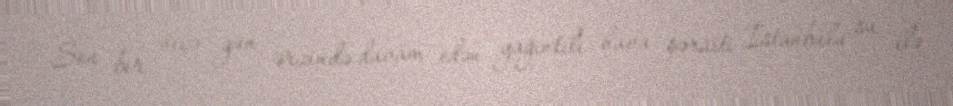
Son bir neçə gün ərzində davam edən yağıntılı hava şəraiti İstanbulu su ilə